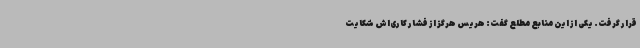
قرار گرفت. یکی از این منابع مطلع گفت: هریس هرگز از فشار کاری‌اش شکایت